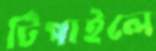
টিপাইলে